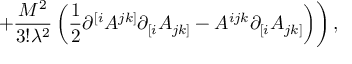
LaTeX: \left. + \frac { M ^ { 2 } } { 3 ! \lambda ^ { 2 } } \left( \frac 1 2 \partial ^ { [ i } A ^ { j k ] } \partial _ { [ i } A _ { j k ] } - A ^ { i j k } \partial _ { [ i } A _ { j k ] } \right) \right) ,